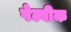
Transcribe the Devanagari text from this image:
पेल्वीक